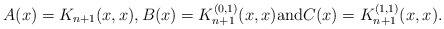
\begin{align*} A(x) = K_{n+1}(x,x), B(x) = K_{n+1}^{(0,1)}(x,x) \mbox{and}C(x) = K_{n+1}^{(1,1)}(x,x).\end{align*}